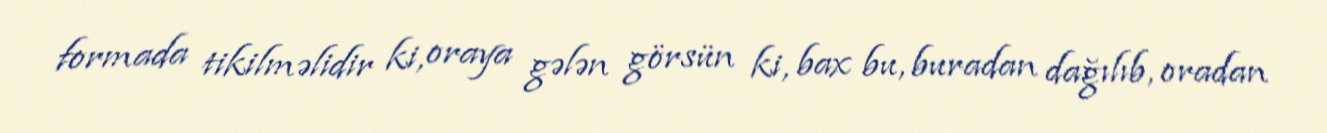
formada tikilməlidir ki, oraya gələn görsün ki, bax bu, buradan dağılıb, oradan